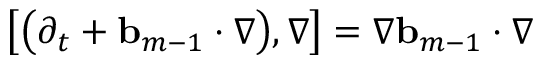
\bigl [ \bigl ( \partial _ { t } + \ensuremath { \mathbf { b } } _ { m - 1 } \cdot \nabla \bigr ) , \nabla \bigr ] = \nabla \ensuremath { \mathbf { b } } _ { m - 1 } \cdot \nabla